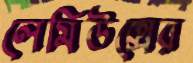
লেমিউক্সের